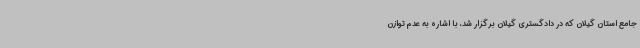
جامع استان گیلان که در دادگستری گیلان برگزار شد، با اشاره به عدم توازن